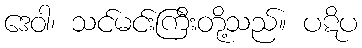
ဒေဝါ၊ သင်မင်းကြီးတို့သည်။ ပဋိပ